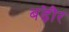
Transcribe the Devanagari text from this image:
बड़ेौर